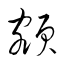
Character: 額